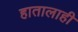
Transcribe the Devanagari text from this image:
हातालाही